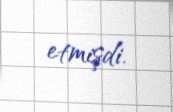
etmişdi.